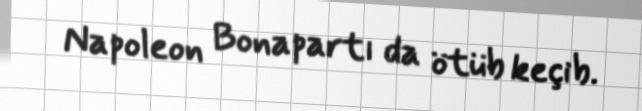
Napoleon Bonapartı da ötüb keçib.